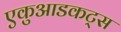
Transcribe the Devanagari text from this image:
एकुआडकट्स